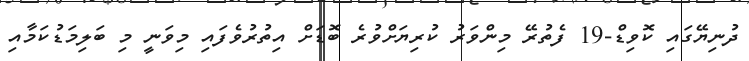
ދުނިޔޭގައި ކޮވިޑް-19 ފެތުރޭ މިންވަރު ކުރިޔަށްވުރެ ބޮޑަށް އިތުރުވެފައި މިވަނީ މި ބަލިމަޑުކަމާއި